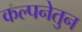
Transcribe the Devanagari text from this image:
कल्पनेतुन